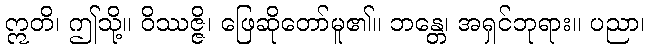
ဣတိ၊ ဤသို့။ ဝိဿဇ္ဇိ၊ ဖြေဆိုတော်မူ၏။ ဘန္တေ၊ အရှင်ဘုရား။ ပညာ၊